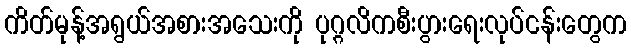
ကိတ်မုန့်အရွယ်အစားအသေးကို ပုဂ္ဂလိကစီးပွားရေးလုပ်ငန်းတွေက